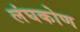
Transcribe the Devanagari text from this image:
लंघकोण